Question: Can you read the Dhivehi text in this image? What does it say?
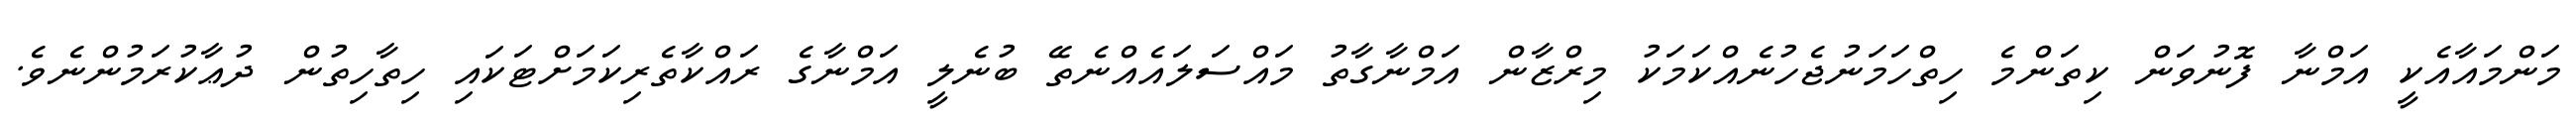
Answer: މަންމައާއެކީ އަމްނާ ފޮނުވަން ކިތަންމެ ހިތްހަމަނުޖެހުނެއްކަމަކު މިރްޒާން އަމްނާގާތު މައްސަލައެއްނެތޭ ބުނެލީ އަމްނާގެ ރައްކާތެރިކަމަށްޓަކައި ހިތާހިތުން ދުޢާކުރަމުންނެވެ.